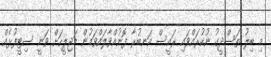
މި ބިލު ތަސްދީގު ނުކުރައްވައި ރައީސް އަނބުރާ ފޮނުއްވާލައްވަމުން މަޖިލީހަށް ވަނީ ސިޓީފުޅެއް